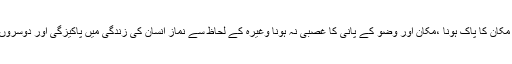
نماز کی شرائط اور واجبات جیسے لباس و مکان کا پاک ہونا ،مکان اور وضو کے پانی کا غصبی نہ ہونا وغیرہ کے لحاظ سے نماز انسان کی زندگی میں پاکیزگی اور دوسروں کے حقوق کی رعایت کی تعلیم دیتی ہے ۔